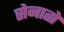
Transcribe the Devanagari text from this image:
सेनातो